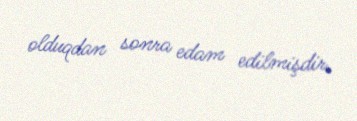
olduqdan sonra edam edilmişdir.